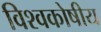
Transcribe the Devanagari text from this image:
विश्वकोषीय